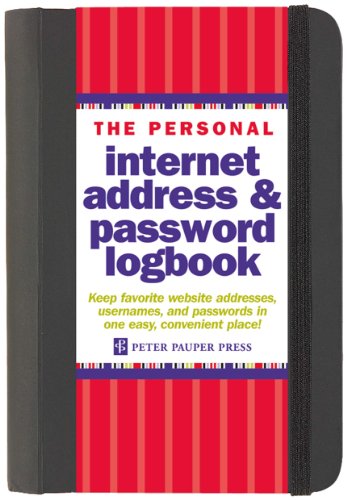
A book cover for The Personal Internet Address & Password Log Book; Peter Pauper Press; Computers & Technology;